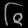
Digit: ၆